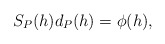
\begin{align*} \begin{aligned} S_P(h)d_P(h)=\phi(h), \end{aligned} \end{align*}